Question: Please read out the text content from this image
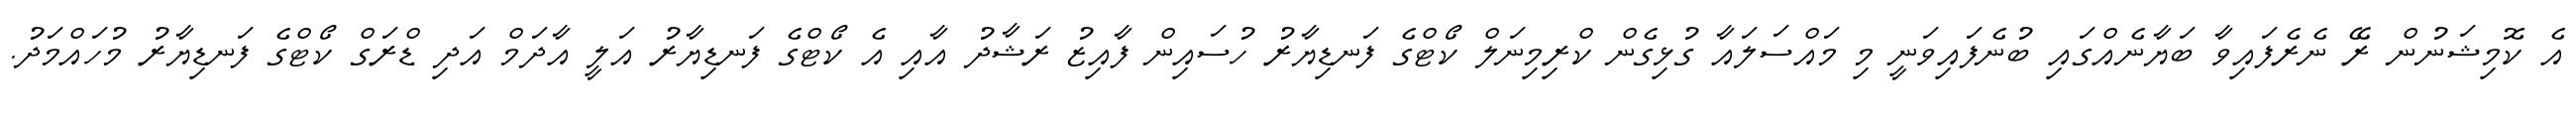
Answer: އެ ކޮމިޝަނުން ރޭ ނެރެފައިވާ ބަޔާނެއްގައި ބުނެފައިވަނީ މި މައްސަލައާ ގުޅިގެން ކްރިމިނަލް ކޯޓްގެ ފަނޑިޔާރު ހުސައިން ފާއިޒު ރަޝާދު އާއި އެ ކޯޓްގެ ފަނޑިޔާރު އަލީ އާދަމް އަދި ޑްރަގް ކޯޓްގެ ފަނޑިޔާރު މުހައްމަދު.